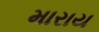
મારાય